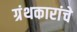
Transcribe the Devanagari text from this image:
ग्रंथकारांचे